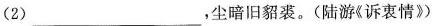
（2）___,尘暗旧貂裘。（陆游《诉衷情》）